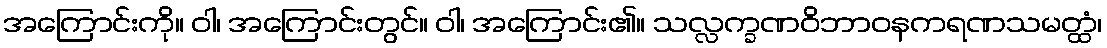
အကြောင်းကို။ ဝါ၊ အကြောင်းတွင်။ ဝါ၊ အကြောင်း၏။ သလ္လက္ခဏဝိဘာဝနကရဏသမတ္ထံ၊